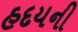
હદયની